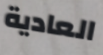
العادية